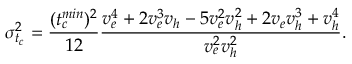
\sigma _ { t _ { c } } ^ { 2 } = \frac { ( t _ { c } ^ { m i n } ) ^ { 2 } } { 1 2 } \frac { v _ { e } ^ { 4 } + 2 v _ { e } ^ { 3 } v _ { h } - 5 v _ { e } ^ { 2 } v _ { h } ^ { 2 } + 2 v _ { e } v _ { h } ^ { 3 } + v _ { h } ^ { 4 } } { v _ { e } ^ { 2 } v _ { h } ^ { 2 } } .